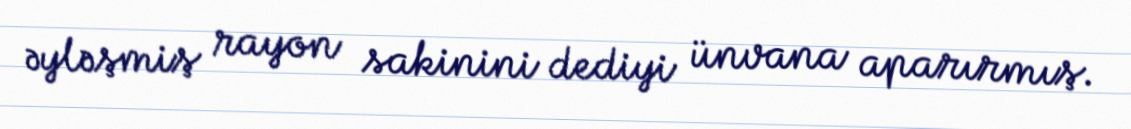
əyləşmiş rayon sakinini dediyi ünvana aparırmış.